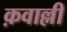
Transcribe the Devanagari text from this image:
क़वाल्ली